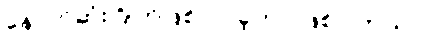
နောက်ဆုံးဂြိုဟ်ဖြစ်လာခဲ့တာ ဖြစ်ပါတယ်။